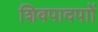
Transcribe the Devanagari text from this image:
शिवपादपाों